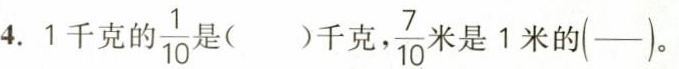
4.1千克的一 $$\frac{1}{10}$$ ()千克， $$\frac{7}{10}$$ 是1米的( )